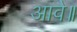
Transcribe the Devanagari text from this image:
आवै॥